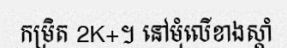
កម្រិត 2K+។ នៅមុំលើខាងស្តាំ